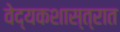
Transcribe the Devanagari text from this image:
वेद्यकशास्त्रात